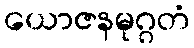
ယောဇနမုဂ္ဂတံ